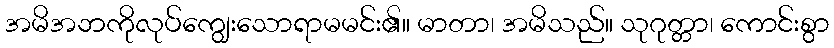
အမိအဘကိုလုပ်ကျွေးသောရာမမင်း၏။ မာတာ၊ အမိသည်။ သုဂုတ္တာ၊ ကောင်းစွာ